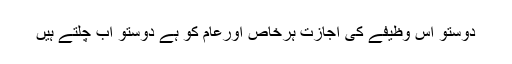
دوستو اس وظیفے کی اجازت ہرخاص اورعام کو ہے دوستو اب چلتے ہیں